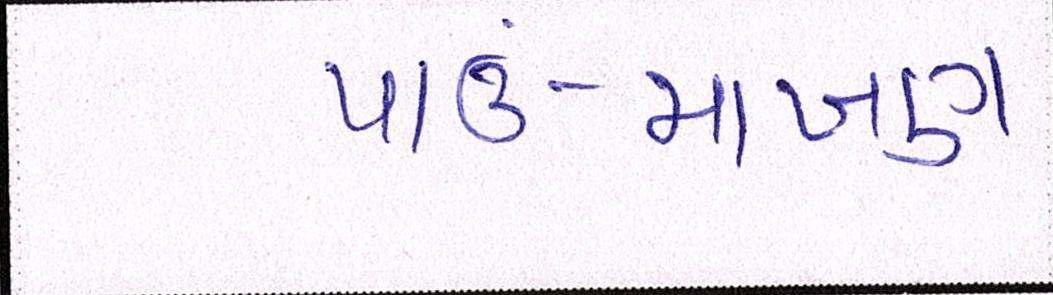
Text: પાઉં-માખણ